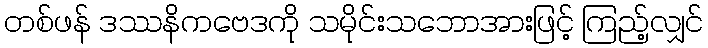
တစ်ဖန် ဒဿနိကဗေဒကို သမိုင်းသဘောအားဖြင့် ကြည့်လျှင်